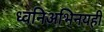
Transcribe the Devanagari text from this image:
ध्वनिअभिनयही